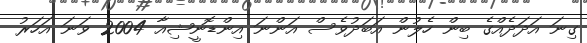
ގިނަ އަދަދެއްގެ ބިން ހެލުން އަބަދުވެސް އަންނަ އިންޑޮނީޝިއާ 2004 ވަނަ އަހަރު